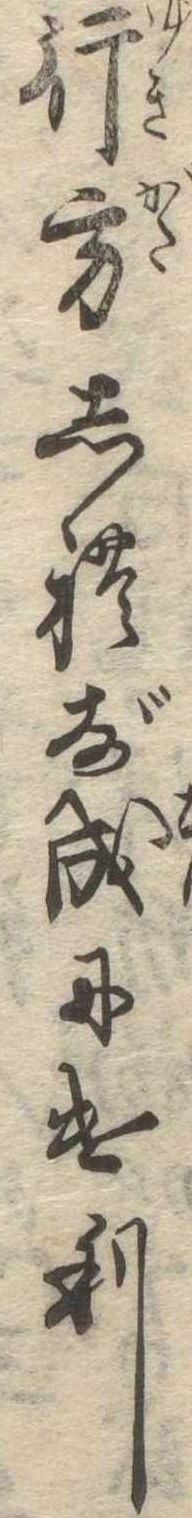
行方しれず成にけり